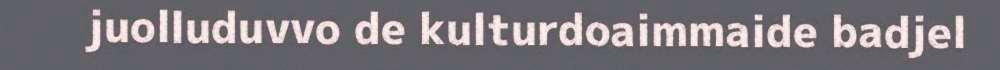
juolluduvvo de kulturdoaimmaide badjel